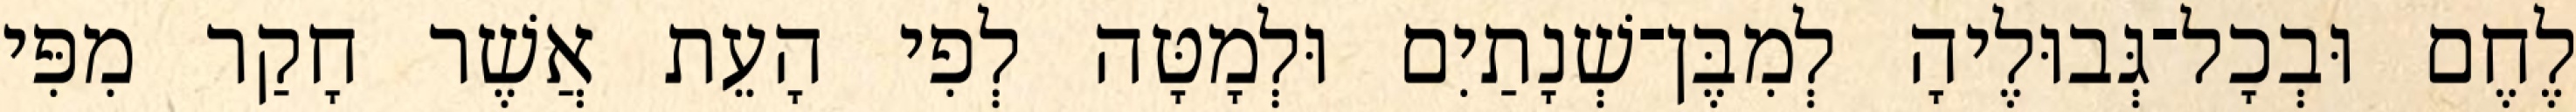
לֶחֶם וּבְכָל־גְּבוּלֶיהָ לְמִבֶּן־שְׁנָתַיִם וּלְמָטָּה לְפִי הָעֵת אֲשֶׁר חָקַר מִפִּי